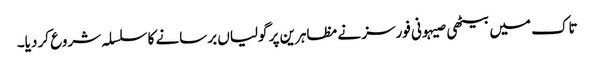
تاک میں بیٹھی صیہونی فورسز نے مظاہرین پر گولیاں برسانے کا سلسلہ شروع کر دیا۔